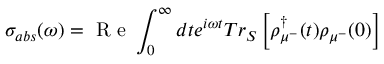
{ { \sigma } _ { a b s } } ( \omega ) = { \textrm { R e } \int _ { 0 } ^ { \infty } { d t { { e } ^ { i \omega t } } T { { r } _ { S } } } \left[ \rho _ { { { \mu } ^ { - } } } ^ { \dagger } ( t ) { { \rho } _ { { { \mu } ^ { - } } } } ( 0 ) \right] }